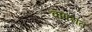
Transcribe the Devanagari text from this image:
वापरांत